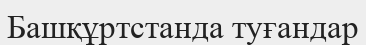
Башқұртстанда туғандар